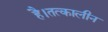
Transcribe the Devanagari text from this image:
है।तत्कालीन